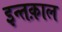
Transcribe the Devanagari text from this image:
इन्तक़ाल